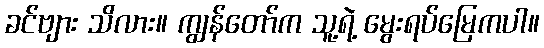
ခင်ဗျား သိလား။ ကျွန်တော်က သူ့ရဲ့ မွေးရပ်မြေကပါ။